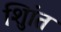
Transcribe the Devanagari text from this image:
शुिांत